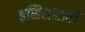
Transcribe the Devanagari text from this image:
इसिससाठी